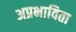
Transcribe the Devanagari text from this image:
अप्रभाविता